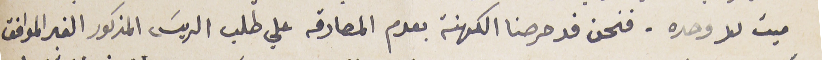
ميت لا وحده. فنحن قد حرصنا الكهنة بعدم المصادقه علي طلب الريسَ المذكور الغير الموافق